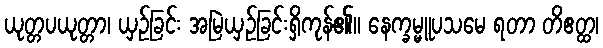
ယုတ္တပယုတ္တာ၊ ယှဉ်ခြင်း အမြဲယှဉ်ခြင်းရှိကုန်၏။ နေက္ခမ္မူပသမေ ရတာ တိဧတ္ထ၊